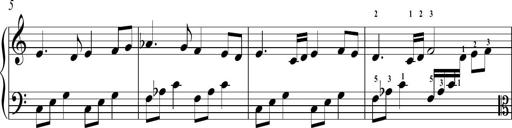
Title: Sonatina No.2 in C
Composer: A. Marando
Key: C major